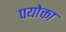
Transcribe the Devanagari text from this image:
पयोक्ता